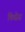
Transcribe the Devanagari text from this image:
किसेस